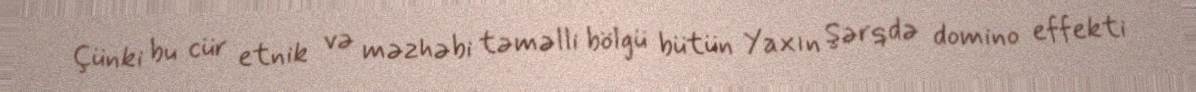
Çünki bu cür etnik və məzhəbi təməlli bölgü bütün Yaxın Şərqdə domino effekti